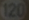
(20)